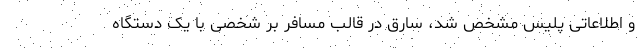
و اطلاعاتی پلیس مشخص شد، سارق در قالب مسافر بر شخصی با یک دستگاه